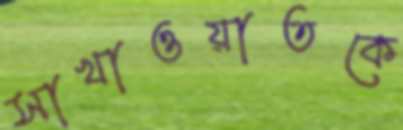
সাখাওয়াতকে